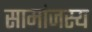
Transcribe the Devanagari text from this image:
सामांजस्य